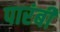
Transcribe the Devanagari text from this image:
पारंबी